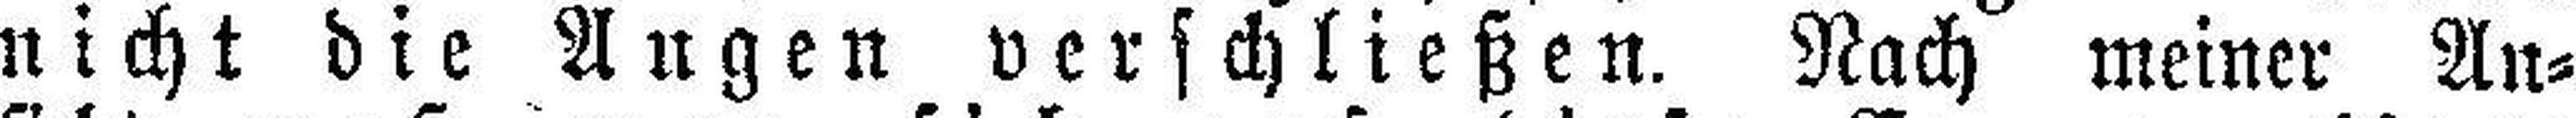
nicht die Angen verschließen. Nach meiner An¬